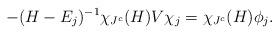
LaTeX: \begin{align*} - (H - E_j)^{-1} \chi_{J^c}(H) V \chi_j = \chi_{J^c}(H) \phi_j. \end{align*}